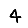
Digit: 4